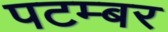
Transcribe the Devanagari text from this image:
पटम्‍बर